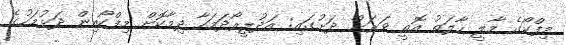
މިފްކޯގެ މާލީ ހާލަތު އޮތީ ވަރަށް ދަށުގައި: އަދުލީރޯދަމަހާ ދިމާކޮށް މިފްކޯއިން ދަޅުމަހުގެ